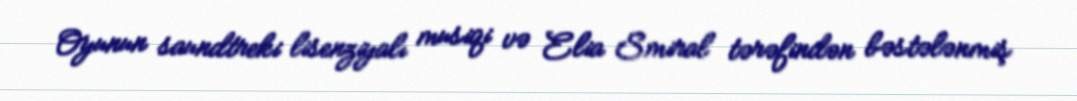
Oyunun saundtreki lisenziyalı musiqi və Elia Smiral tərəfindən bəstələnmiş